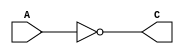
module not_gate(
  input A,
  output C
);

assign C = ~A;

endmodule